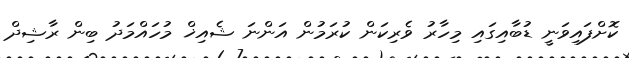
ކޮށްފައިވަނީ ޑުބާއިގައި މިހާރު ވެރިކަން ކުރަމުން އަންނަ ޝެއިޚް މުހައްމަދު ބިން ރާޝިދް